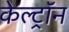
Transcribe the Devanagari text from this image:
केल्ट्रॉन